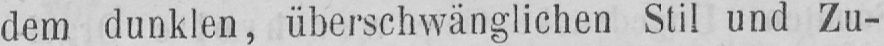
dem dunklen, überschwänglichen Stil und Zu-